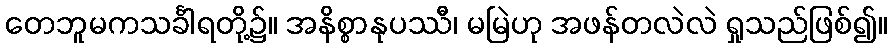
တေဘူမကသင်္ခါရတို့၌။ အနိစ္စာနုပဿီ၊ မမြဲဟု အဖန်တလဲလဲ ရှုသည်ဖြစ်၍။